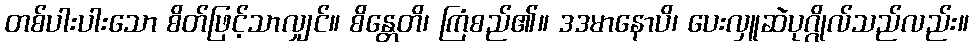
တစ်ပါးပါးသော စိတ်ဖြင့်သာလျှင်။ စိန္တေတိ၊ ကြံစည်၏။ ဒဒမာနောပိ၊ ပေးလှူဆဲပုဂ္ဂိုလ်သည်လည်း။